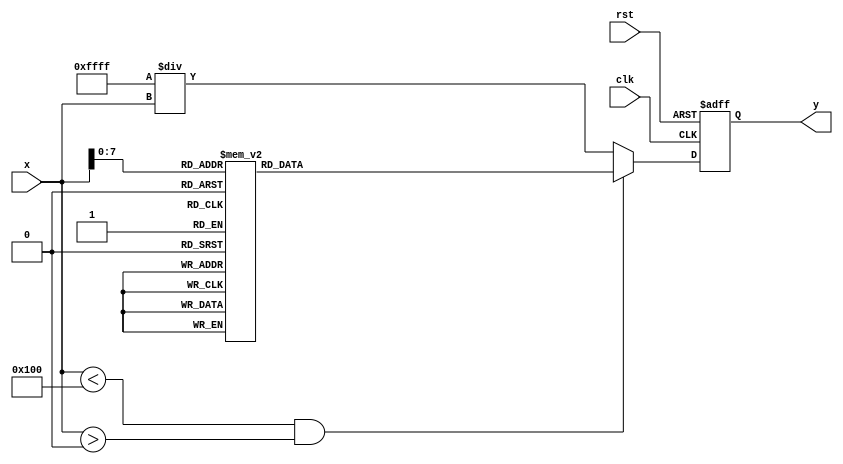
module approx_reciprocal (
    input  wire [15:0] x,  // Input: 16-bit fixed-point positive value
    output reg  [15:0] y,  // Output: Approximate reciprocal of x (1/x)
    input  wire clk,       // Clock input
    input  wire rst        // Asynchronous reset
);

// Define Lookup Table for reciprocal approximation
// This is a simplistic example. Populate it according to your requirements.
reg [15:0] lut [0:255]; // 256 entries for the LUT based on x value

initial begin
    // Example initialization of LUT values for some inputs
    // You must populate this with actual reciprocal values
    lut[0] = 16'hFFFF; // This is for x = 1 (1/1 = 1)
    lut[1] = 16'h8000; // Approx for x = 2 (1/2 = 0.5)
    // Populate more values according to your design needs...
    // lut[...]
end

// Implementing the approximate reciprocal logic
always @(posedge clk or negedge rst) begin
    if (!rst) begin
        y <= 16'h0000; // Output reset
    end else begin
        if (x < 256 && x > 0) begin
            y <= lut[x]; // Lookup for 0 < x < 256
        end else begin
            // Use bit manipulation or other methods for larger values
            // For exampl, here we might implement a simple polynomial approximation
            // This is a placeholder: actual implementation needed for other ranges
            y <= (16'hFFFF / x); // A simple division example for demonstration
        end
    end
end

endmodule